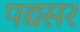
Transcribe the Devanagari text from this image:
पद्यसर